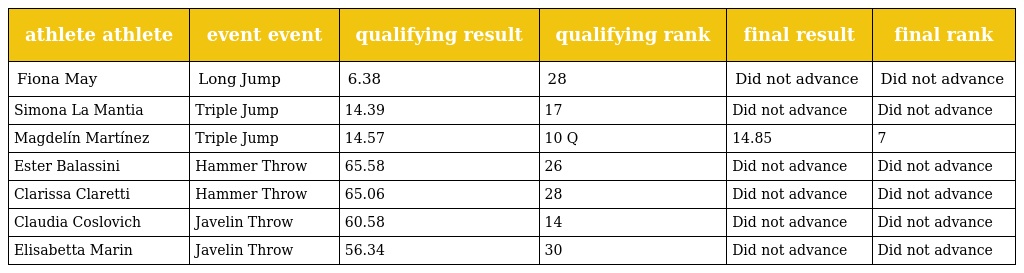
| athlete athlete | event event | qualifying result | qualifying rank | final result | final rank |
 | --- | --- | --- | --- | --- | --- |
 | Fiona May | Long Jump | 6.38 | 28 | Did not advance | Did not advance |
 | Simona La Mantia | Triple Jump | 14.39 | 17 | Did not advance | Did not advance |
 | Magdelín Martínez | Triple Jump | 14.57 | 10 Q | 14.85 | 7 |
 | Ester Balassini | Hammer Throw | 65.58 | 26 | Did not advance | Did not advance |
 | Clarissa Claretti | Hammer Throw | 65.06 | 28 | Did not advance | Did not advance |
 | Claudia Coslovich | Javelin Throw | 60.58 | 14 | Did not advance | Did not advance |
 | Elisabetta Marin | Javelin Throw | 56.34 | 30 | Did not advance | Did not advance |